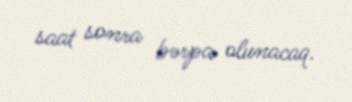
saat sonra bərpa olunacaq.